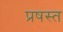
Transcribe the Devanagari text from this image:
प्रषस्त